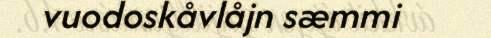
vuodoskåvlåjn sæmmi